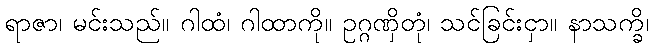
ရာဇာ၊ မင်းသည်။ ဂါထံ၊ ဂါထာကို။ ဥဂ္ဂဏှိတုံ၊ သင်ခြင်းငှာ။ နာသက္ခိ၊